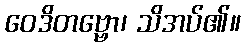
ဝေဒိတဗ္ဗော၊ သိအပ်၏။